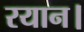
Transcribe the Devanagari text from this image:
रयान।